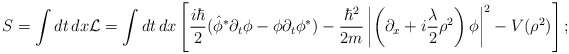
\begin{align*}S=\int dt\,dx{\cal L}=\int dt\,dx\left [ \frac{i\hbar}{2}(\hat{\phi}^{*}\partial_{t}{\phi}-{\phi}\partial_{t}{\phi}^{*})-\frac{\hbar^2}{2m}\left|\left(\partial_x +i{\lambda\over 2}\rho^2\right) \phi\right|^{2}-V(\rho^2)\right ];\end{align*}